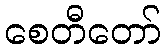
စေတီတော်